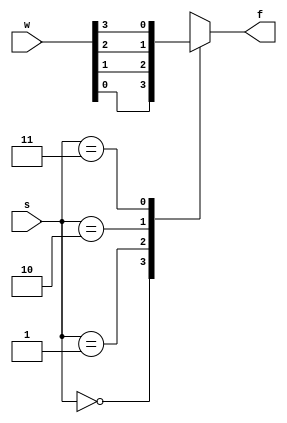

module fun_mux4to1 (w,s,f);
input [3:0]w;
input [1:0]s;
output f;

function mux;
input [3:0]w;
input [1:0]s;
case (s)
	0:mux =w[0];
	1:mux =w[1];
	2:mux =w[2];
	3:mux =w[3];
endcase
endfunction

assign f= mux (w,s);
endmodule